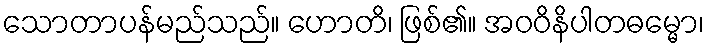
သောတာပန်မည်သည်။ ဟောတိ၊ ဖြစ်၏။ အဝဝိနိပါတဓမ္မော၊